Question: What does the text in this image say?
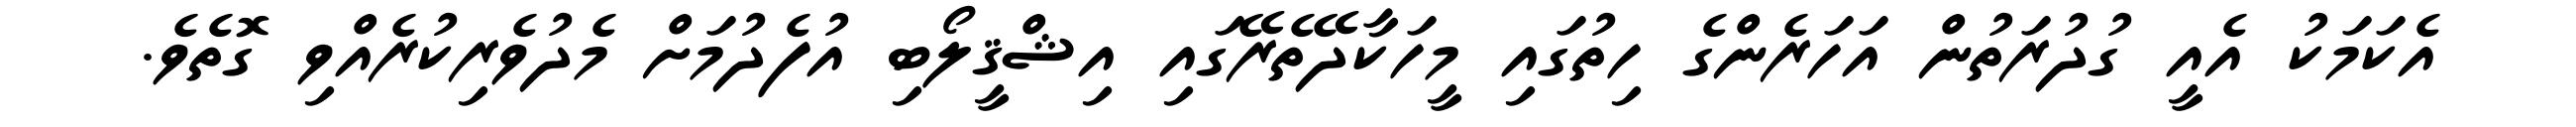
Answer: އެކަމަކު އެއީ ގުދުރަތުން އަހަރެންގެ ހިތުގައި މީހަކާދޭތެރޭގައި އިޝްޤީލޯބި އުފެދުމަށް މެދުވެރިކުރެއްވި ގޮތެވެ.